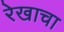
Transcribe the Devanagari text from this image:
रेखाचा